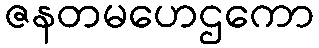
ဇနတမဟေဌကော